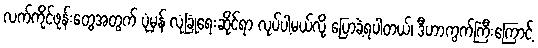
လက်ကိုင်ဖုန်းတွေအတွက် ပုံမှန် လုံခြုံရေးဆိုင်ရာ လုပ်ပါ့မယ်လို့ ပြောခဲ့ရပါတယ်၊ ဒီဟာကွက်ကြီးကြောင့်